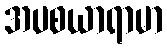
အပစယာရာမာ